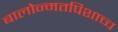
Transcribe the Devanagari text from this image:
बालोन्मतपिशाच्च